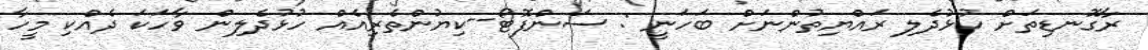
ރާގޮނޑިތަށް ހުޅުދެލި ރައްޔިތުންނަށް ބަހަނީ : ސަންފޮޓޯ--ކިޔުންތެރިއެއް ހުޅުދެލިން ވާހަކަ ދެއްކި މީހާ